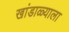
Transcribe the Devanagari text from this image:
खांडाळ्याला